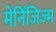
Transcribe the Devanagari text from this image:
मेनिंजिज्म